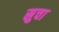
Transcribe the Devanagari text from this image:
स्रुचा